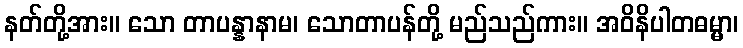
နတ်တို့အား။ သော တာပန္နာနာမ၊ သောတာပန်တို့ မည်သည်ကား။ အဝိနိပါတဓမ္မာ၊